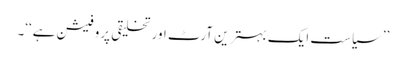
’’سیاست ایک بہترین آرٹ اور تخلیقی پروفیشن ہے‘‘۔